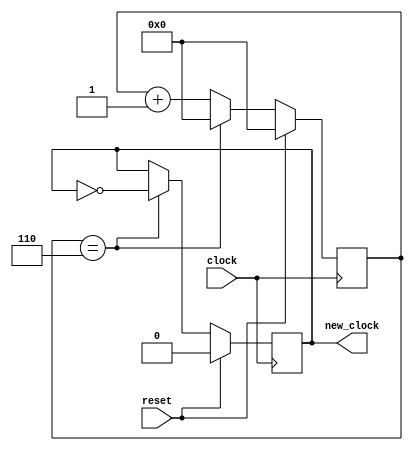
`timescale 1ns / 1ps
//////////////////////////////////////////////////////////////////////////////////
// Company: 
// Engineer: 
// 
// Design Name: 
// Module Name:    sampleclk 
// Project Name: 
// Target Devices: 
// Tool versions: 
// Description: 
//
// Dependencies: 
//
// Revision: 
// Revision 0.01 - File Created
// Additional Comments: 
//
//////////////////////////////////////////////////////////////////////////////////
module sampleclk(
   input clock,
	input reset,
   output reg new_clock
   );
	
	
	reg [7:0] clock_counter = 0;
	 
	always @(posedge clock) begin
		if (reset) begin
			clock_counter <= 0;
			new_clock <= 0;
			end
		else if (clock_counter == 6) begin // 27MHz / 500kHz / 2 == 27 cycles
			new_clock <= ~new_clock;
			clock_counter <= 0;
		end
		else clock_counter <= clock_counter + 1;
	end


endmodule